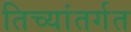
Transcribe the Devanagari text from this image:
तिच्यांतर्गत